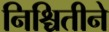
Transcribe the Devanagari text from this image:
निश्चितीने